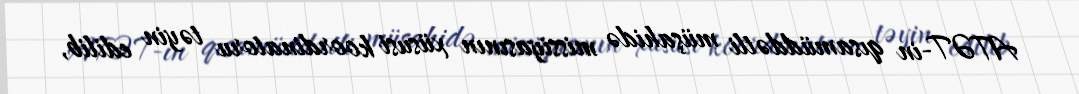
ATƏT-in qısamüddətli müşahidə missiyasının xüsusi koordinatoru təyin edilib,